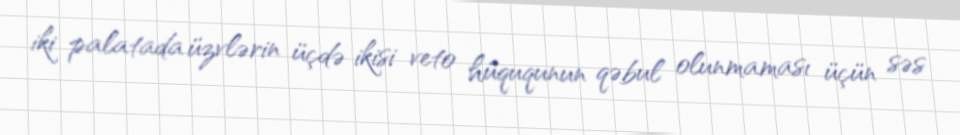
iki palatada üzvlərin üçdə ikisi veto hüququnun qəbul olunmaması üçün səs